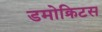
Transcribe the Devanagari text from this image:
डमोक्रिटस